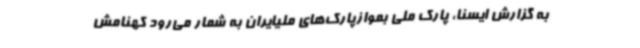
به گزارش ایسنا، پارک ملی بموازپارک‌های ملیایران به شمار می‌رود کهنامش